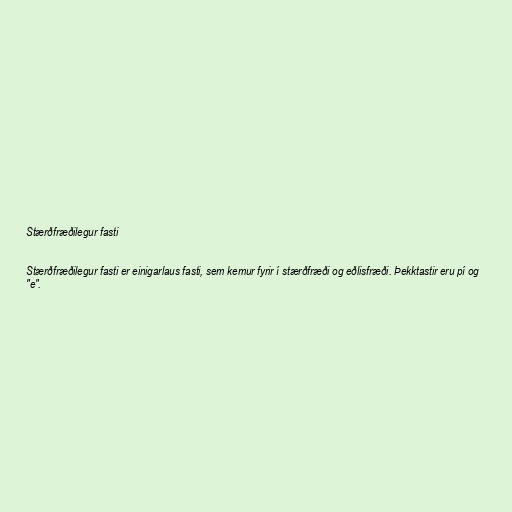
Stærðfræðilegur fasti

Stærðfræðilegur fasti er einigarlaus fasti, sem kemur fyrir í stærðfræði og eðlisfræði. Þekktastir eru pí og
"e".